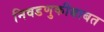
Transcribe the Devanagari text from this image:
निवडणुकीबाबत